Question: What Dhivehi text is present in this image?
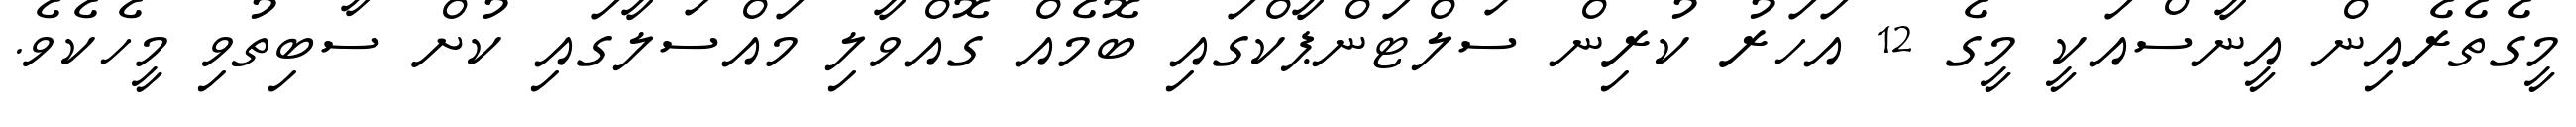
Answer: މީގެތެރެއިން އީނާސްއަކީ މީގެ 12 އަހަރު ކުރިން ސަލްޓަންޕާކްގައި ބޮމެއް ގޮއްވާލި މައްސަލާގައި ކުށް ސާބިތުވި މީހެކެވެ.